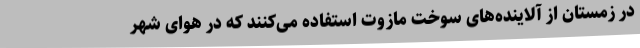
در زمستان از آلاینده‌های سوخت مازوت استفاده می‌کنند که در هوای شهر